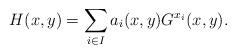
LaTeX: \begin{align*} H(x,y)=\sum_{i\in I} a_i(x,y)G^{x_i}(x,y). \end{align*}